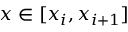
x \in [ x _ { i } , x _ { i + 1 } ]